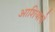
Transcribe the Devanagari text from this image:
आशियाचे